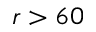
r > 6 0